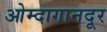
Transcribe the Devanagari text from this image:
ओम्दागानदूर